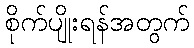
စိုက်ပျိုးရန်အတွက်